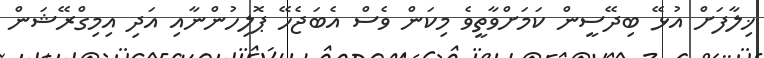
ޚިލާފަށް އުޅޭ ބިދޭސީން ކަމަށްވާތީވެ މިކަން ވެސް އެބަޖެހޭ ޕޮލިހުންނާއި އަދި އިމިގްރޭޝަން